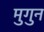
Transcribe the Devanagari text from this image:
मुगुन